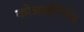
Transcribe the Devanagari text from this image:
कोआर्डीनेटेड